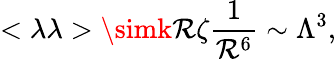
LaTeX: <\lambda\lambda>\simk\mathcal{R}\zeta\frac{{1}}{{\mathcal{R}^{6}}}\sim\Lambda^{3},